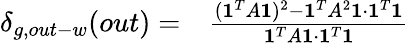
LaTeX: \begin{array}{rl}{\delta_{g,out-w}(out)=}&{{}\frac{(\mathbf{1}^{T}A\mathbf{1})^{2}-\mathbf{1}^{T}A^{2}\mathbf{1}\cdot\mathbf{1}^{T}\mathbf{1}}{\mathbf{1}^{T}A\mathbf{1}\cdot\mathbf{1}^{T}\mathbf{1}}}\end{array}